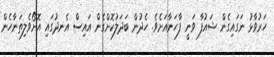
ހަރުވާޅު ނަގައިގެން ޝައުފާ ވަނީ ފާހަނާއަށެވެ. ހެދުން ބަދަލުކޮށްގެން އައިސް އެނދުގައި އޮށޯވެލިތަނާހެން